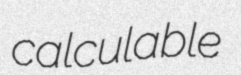
calculable